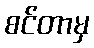
စင်တာမှ